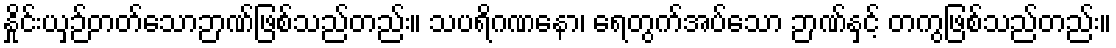
နှိုင်းယှဉ်တတ်သောဉာဏ်ဖြစ်သည်တည်း။ သပရိဂဏနော၊ ရေတွက်အပ်သော ဉာဏ်နှင့် တကွဖြစ်သည်တည်း။